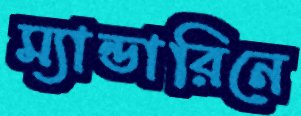
ম্যান্ডারিনে